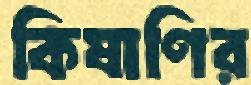
কিষাণির